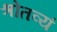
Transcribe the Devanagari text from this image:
श्रोतव्यं